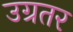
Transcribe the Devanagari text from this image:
उग्रतर